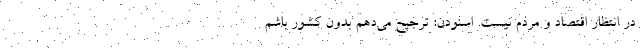
در انتظار اقتصاد و مردم نیست. اسنودن: ترجیح می‌دهم بدون کشور باشم